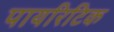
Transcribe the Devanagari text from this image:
पायरिटिक